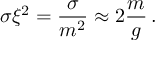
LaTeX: \sigma \xi ^ { 2 } = \frac { \sigma } { m ^ { 2 } } \approx 2 \frac { m } { g } \, .